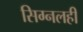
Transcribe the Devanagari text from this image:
सिग्नलही